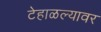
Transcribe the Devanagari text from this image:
टेहाळल्यावर